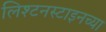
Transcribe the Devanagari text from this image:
लिश्टनस्टाइनच्या